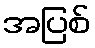
အပြစ်